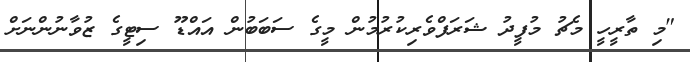
"މި ތާރީހީ މެޗު މުފީދު ޝަރަފްވެރިކުރުމުން މީގެ ސަބަބުން އައްޑޫ ސިޓީގެ ޒުވާނުންނަށް